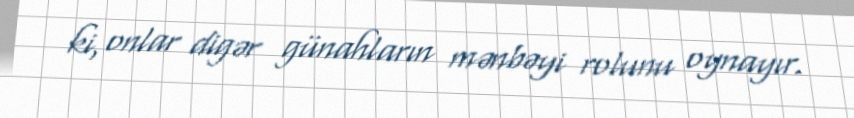
ki, onlar digər günahların mənbəyi rolunu oynayır.